Vaccination in the Punjab 1905-1918 - 1905-1918
Year: 1905
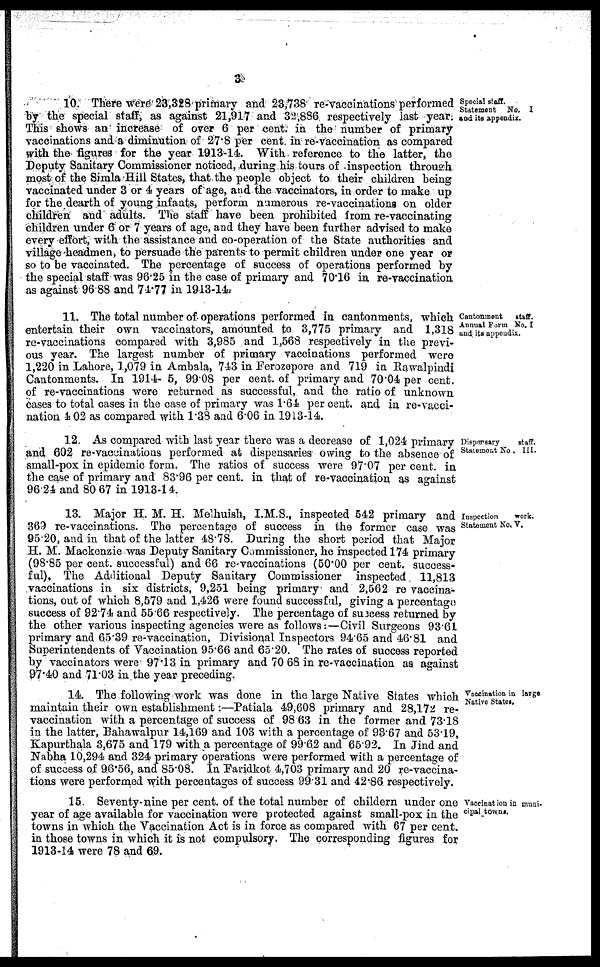
3
Special staff.
Statement No. I
and its appendix.
10. There were 23,328 primary and 23,738 re-vaccinations performed
by the special staff, as against 21,917 and 32,886 respectively last year
This shows an increase of over 6 per cent. in the number of primary
vaccinations and a diminution of 27.8 per cent. in re-vaccination as compared
with the figures for the year 1913-14. With reference to the latter, the
Deputy Sanitary Commissioner noticed, during his tours of inspection through
most of the Simla Hill States, that the people object to their children being
vaccinated under 3 or 4 years of age, and the vaccinators, in order to make up
for the dearth of young infants, perform numerous re-vaccinations on older
children and adults. The staff have been prohibited from re-vaccinating
children under 6 or 7 years of age, and they have been further advised to make
every effort, with the assistance and co-operation of the State authorities and
village headmen, to persuade the parents to permit children under one year or
so to be vaccinated. The percentage of success of operations performed by
the special staff was 96.25 in the case of primary and 70.16 in re-vaccination
as against 96.88 and 74.77 in 1913-14.
Cantonment
staff.
Annual Form No. I
and its appendix.
11. The total number of operations performed in cantonments, which
entertain their own vaccinators, amounted to 3,775 primary and 1,318
re-vaccinations compared with 3,985 and 1,568 respectively in the previ¬
ous year. The largest number of primary vaccinations performed were
1,220 in Lahore, 1,079 in Ambala, 743 in Ferozepore and 719 in Rawalpindi
Cantonments. In 1914- 5, 99.08 per cent. of primary and 70.04 per cent.
of re-vaccinations were returned as successful, and the ratio of unknown
cases to total cases in the case of primary was 1.64 per cent. and in re-vacci-
nation 402 as compared with 1.38 and 6.06 in 1913-14.
Dispensary
staff.
Statement No . III.
12 As compared with last year there was a decrease of 1,024 primary
and 602 re-vaccinations performed at dispensaries owing to the absence of
small-pox in epidemic form. The ratios of success were 97.07 per cent. in
the case of primary and 83.96 per cent. in that of re-vaccination as against
96.24 and 80.67 in 1913-14.
Inspection
work.
Statement No. V.
13. Major H. M. H. Melhuish, I.M.S., inspected 542 primary and
369 re-vaccinations. The percentage of success in the former case was
95.20, and in that of the latter 48.78. During the short period that Major
H. M. Mackenzie was Deputy Sanitary Commissioner, he inspected 174 primary
(98.85 per cent. successful) and 66 re-vaccinations (50.00 per cent. success-
ful). The Additional Deputy Sanitary Commissioner inspected 11,813
vaccinations in six districts, 9,251 being primary and 2,562 re vaccina-
tions, out of which 8,579 and 1,426 were found successful, giving a percentage
success of 92.74 and 55.66 respectively. The percentage of success returned by
the other various inspecting agencies were as follows:—Civil Surgeons 93.61
primary and 65.39 re-vaccination, Divisional Inspectors 94.65 and 46.81 and
{Superintendents of Vaccination 95.66 and 65.20. The rates of success reported
by vaccinators were 97.13 in primary and 70.68 in re-vaccination as against
97.40 and 71.03 in the year preceding.
Vaccination in large
Native States.
14. The following work was done in the large Native States which
maintain their own establishment:—Patiala 49,608 primary and 28,172 re-
vaccination with a percentage of success of 98.63 in the former and 73.18
in the latter, Bahawalpur 14,169 and 103 with a percentage of 93.67 and 53.19,
Kapurthala 3,675 and 179 with a percentage of 99.62 and 65.92. In Jind and
Nabha 10,294 and 324 primary operations were performed with a percentage of
of success of 96.56, and 85.08. In Faridkot 4,703 primary and 20 re-vaccina-
tions were performed with percentages of success 99.31 and 42.86 respectively.
Vaccination in muni-
cipal towns.
15 Seventy-nine per cent. of the total number of childern under one
year of age available for vaccination were protected against small-pox in the
towns in which the Vaccination Act is in force as compared with 67 per cent.
in those towns in which it is not compulsory. The corresponding figures for
1913-14 were 78 and 69.